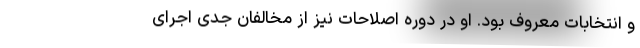
و انتخابات معروف بود. او در دوره اصلاحات نیز از مخالفان جدی اجرای